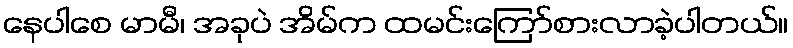
နေပါစေ မာမီ၊ အခုပဲ အိမ်က ထမင်းကြော်စားလာခဲ့ပါတယ်။